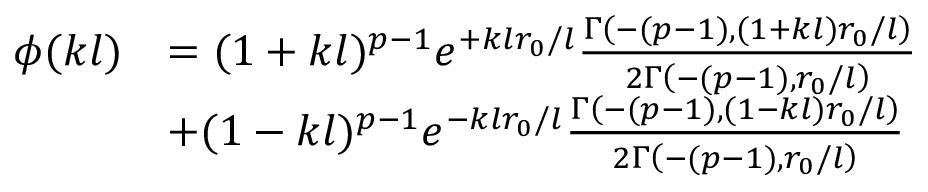
\begin{array} { r l } { \phi ( k l ) } & { = ( 1 + k l ) ^ { p - 1 } e ^ { + k l r _ { 0 } / l } \frac { \Gamma \left( - ( p - 1 ) , ( 1 + k l ) r _ { 0 } / l \right) } { 2 \Gamma \left( - ( p - 1 ) , r _ { 0 } / l \right) } } \\ & { + ( 1 - k l ) ^ { p - 1 } e ^ { - k l r _ { 0 } / l } \frac { \Gamma \left( - ( p - 1 ) , ( 1 - k l ) r _ { 0 } / l \right) } { 2 \Gamma \left( - ( p - 1 ) , r _ { 0 } / l \right) } } \end{array}